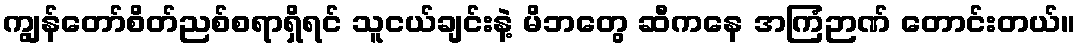
ကျွန်တော်စိတ်ညစ်စရာရှိရင် သူငယ်ချင်းနဲ့ မိဘတွေ ဆီကနေ အကြံဉာဏ် တောင်းတယ်။